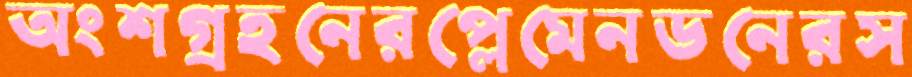
অংশগ্রহনেরপ্লেমেনডনেরস